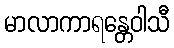
မာလာကာရန္တေဝါသီ